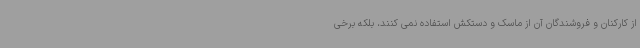
از کارکنان و فروشندگان آن از ماسک و دستکش استفاده نمی کنند، بلکه برخی